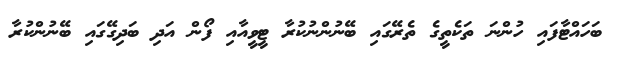
ބަހައްޓާފައި ހުންނަ ތަކެތީގެ ތެރޭގައި ބޭނުންނުކުރާ ޓީވީއާއި ފޯން އަދި ބަދިގޭގައި ބޭނުންކުރާ